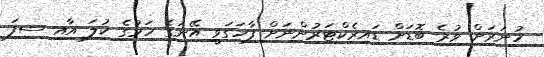
ހުނަރަށް ވުރެ ބޮޑަށް ޑައިރެކްޓަރުންނަށް ފާހަގަވީ އޭނަގެ ހަމުގެ ކުލަ އާއި ސިފަ